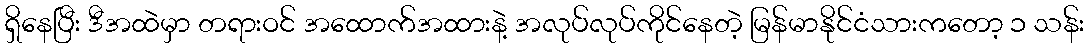
ရှိနေပြီး ဒီအထဲမှာ တရားဝင် အထောက်အထားနဲ့ အလုပ်လုပ်ကိုင်နေတဲ့ မြန်မာနိုင်ငံသားကတော့ ၁ သန်း